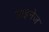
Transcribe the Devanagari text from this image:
आइनेज